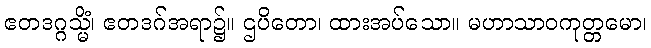
ဧတဒဂ္ဂသ္မိံ၊ ဧတဒဂ်အရာ၌။ ဌပိတော၊ ထားအပ်သော။ မဟာသာဝကုတ္တမော၊